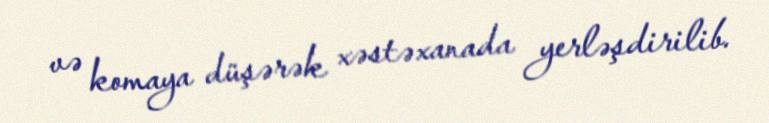
və komaya düşərək xəstəxanada yerləşdirilib.